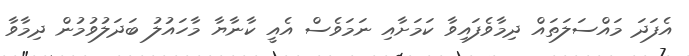
އެފަދަ މައްސަލަތައް ދިމާވެފައިވާ ކަމަށާއި ނަމަވެސް އެއީ ކާނާޔާ މާހައުލު ބަދަލުވުމުން ދިމާވާ